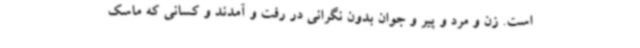
است. زن و مرد و پیر و جوان بدون نگرانی در رفت و آمدند و کسانی که ماسک